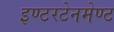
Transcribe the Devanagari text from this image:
इण्टरटेनमेण्ट